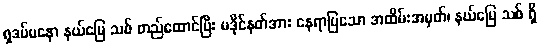
ရှဒပ်မနော နယ်မြေ သစ် တည်ထောင်ပြီး မဒိုင်နတ်အား နေရာပြသော အထိမ်းအမှတ်၊ နယ်မြေ သစ် ရှိ